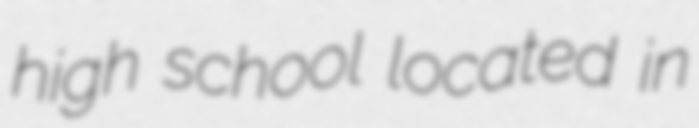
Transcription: high school located in